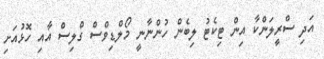
އަދި ސްރީލަންކާ އިން ޓިކެޓު ލިބެން ހުންނާނީ މޯލްޑިވްސް ގްލިސް އާއި ހޮޅުއަށި